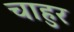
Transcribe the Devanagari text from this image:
चाहुर